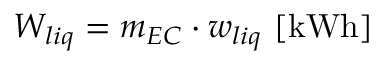
W _ { l i q } = m _ { E C } \cdot w _ { l i q } \ [ \mathrm { k W h } ]